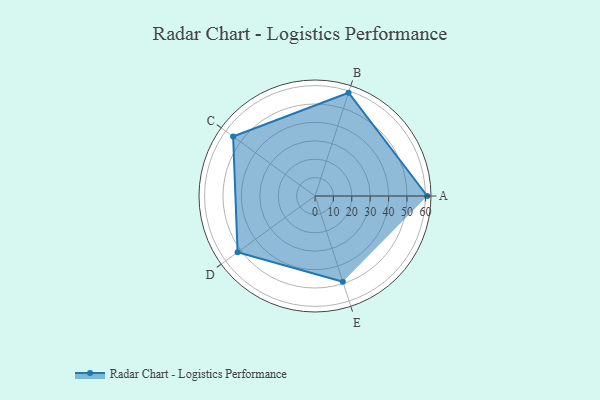
{"axis": {"x": "Skill", "y": "Score"}, "legend": ["Profile"], "data": [{"x": "A", "y": 61.0, "type": "Profile"}, {"x": "B", "y": 59.0, "type": "Profile"}, {"x": "C", "y": 55.0, "type": "Profile"}, {"x": "D", "y": 52.0, "type": "Profile"}, {"x": "E", "y": 49.0, "type": "Profile"}]}